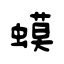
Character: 蟆